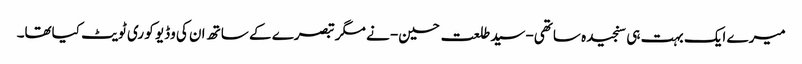
میرے ایک بہت ہی سنجیدہ ساتھی-سید طلعت حسین- نے مگر تبصرے کے ساتھ ان کی وڈیو کو ری ٹویٹ کیاتھا۔